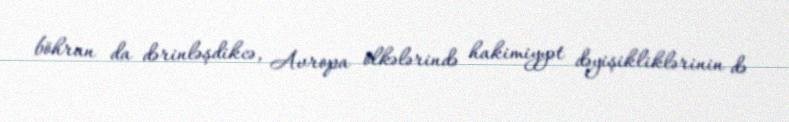
böhran da dərinləşdikcə, Avropa ölkələrində hakimiyyət dəyişikliklərinin də